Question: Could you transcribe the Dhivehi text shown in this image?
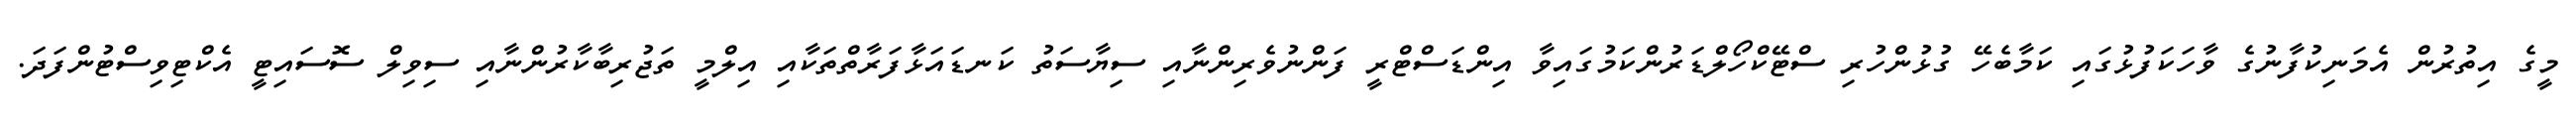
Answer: މީގެ އިތުރުން އެމަނިކުފާނުގެ ވާހަކަފުޅުގައި ކަމާބެހޭ ގުޅުންހުރި ސްޓޭކްހޯލްޑަރުންކަމުގައިވާ އިންޑަސްޓްރީ ފަންނުވެރިންނާއި ސިޔާސަތު ކަނޑައަޅާފަރާތްތަކާއި އިލްމީ ތަޖުރިބާކާރުންނާއި ސިވިލް ސޮސައިޓީ އެކްޓިވިސްޓުންފަދަ.